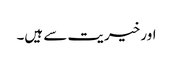
اور خیریت سے ہیں۔